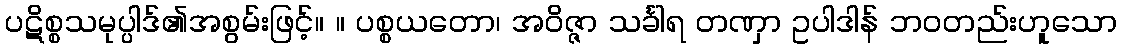
ပဋိစ္စသမုပ္ပါဒ်၏အစွမ်းဖြင့်။ ။ ပစ္စယတော၊ အဝိဇ္ဇာ သင်္ခါရ တဏှာ ဥပါဒါန် ဘဝတည်းဟူသော